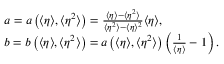
\begin{array} { r l } & { a = a \left( \langle \eta \rangle , \langle \eta ^ { 2 } \rangle \right) = \frac { \langle \eta \rangle - \langle \eta ^ { 2 } \rangle } { \langle \eta ^ { 2 } \rangle - \langle \eta \rangle ^ { 2 } } \langle \eta \rangle , } \\ & { b = b \left( \langle \eta \rangle , \langle \eta ^ { 2 } \rangle \right) = a \left( \langle \eta \rangle , \langle \eta ^ { 2 } \rangle \right) \left( \frac { 1 } { \langle \eta \rangle } - 1 \right) . } \end{array}